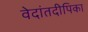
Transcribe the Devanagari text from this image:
वेदांतदीपिका